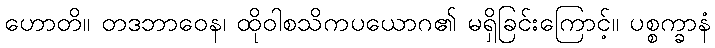
ဟောတိ။ တဒဘာဝေန၊ ထိုဝါစသိကပယောဂ၏ မရှိခြင်းကြောင့်။ ပစ္စက္ခာနံ